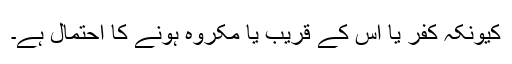
کیونکہ کفر یا اس کے قریب یا مکروہ ہونے کا احتمال ہے۔